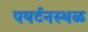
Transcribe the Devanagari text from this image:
पयर्टनस्थळ